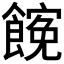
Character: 𩝜